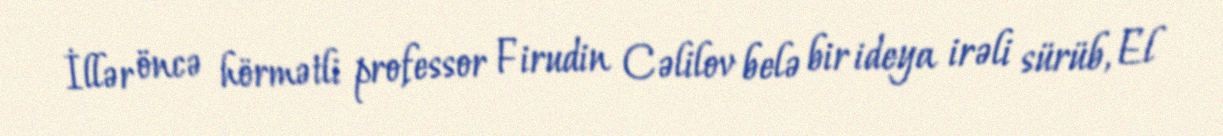
İllər öncə hörmətli professor Firudin Cəlilov belə bir ideya irəli sürüb, El